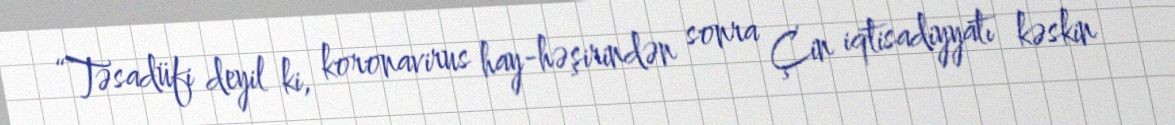
“Təsadüfi deyil ki, koronavirus hay-həşirindən sonra Çin iqtisadiyyatı kəskin